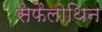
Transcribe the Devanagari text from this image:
सेफैलोथिन